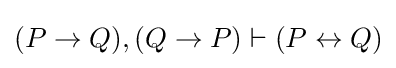
(P\to Q),(Q\to P)\vdash (P\leftrightarrow Q)